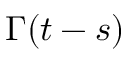
\boldsymbol { \Gamma } ( t - s )